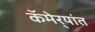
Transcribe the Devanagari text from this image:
कॅमेर्‍यांत